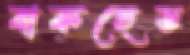
বাকহেড